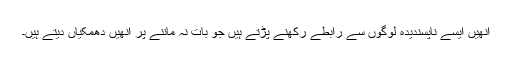
انھیں ایسے ناپسندیدہ لوگوں سے رابطے رکھنے پڑتے ہیں جو بات نہ ماننے پر انھیں دھمکیاں دیتے ہیں۔